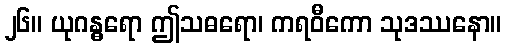
၂၆။ ယုဂန္ဓရော ဤသဓရော၊ ကရဝီကော သုဒဿနော။